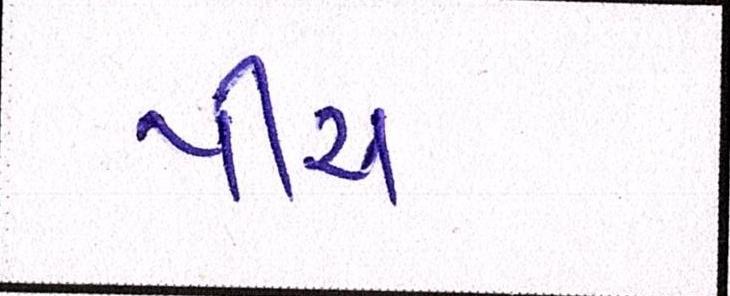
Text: પીચ